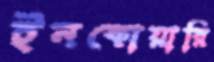
ইনকোয়ারি